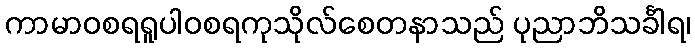
ကာမာဝစရရူပါဝစရကုသိုလ်စေတနာသည် ပုညာဘိသင်္ခါရ၊